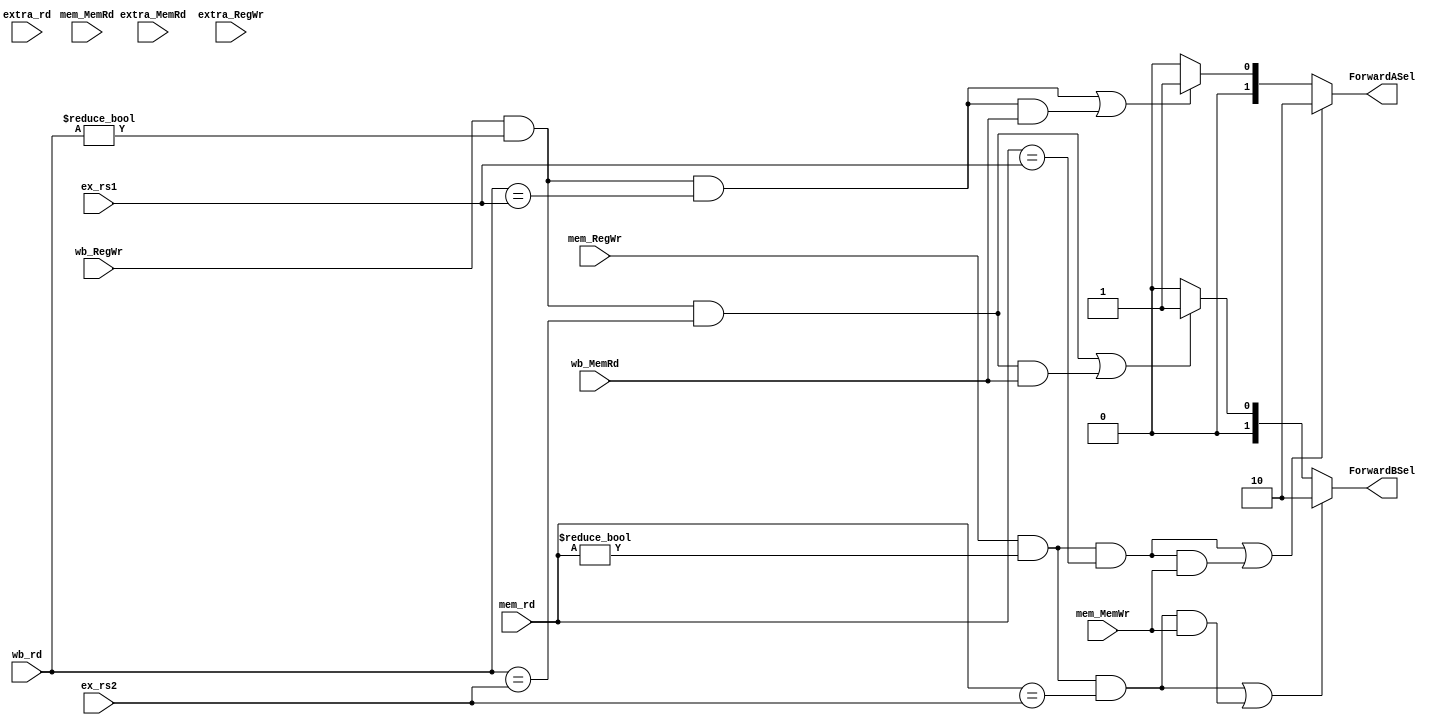
// R-format and I-format basic data hazard resolve by using Forwarding unit
module Forwarding_Unit (
      input  wire [4:0]  ex_rs1     , // from Reg_ID_EX
      input  wire [4:0]  ex_rs2     , // from Reg_ID_EX
      input  wire [4:0]  mem_rd     , // from Reg_EX_MEM
      input  wire [4:0]  wb_rd      , // from Reg_MEM_WB
      input              mem_RegWr  , // from Reg_EX_MEM
      input              wb_RegWr   , // from Reg_MEM_WB
      input              mem_MemRd  , // from Reg_EX_MEM
		input              wb_MemRd   , // from Reg_EX_MEM
		input              extra_MemRd, // from Reg_After_MEM_WB
		input  wire [4:0]  extra_rd   , // from Reg_After_MEM_WB
		input              extra_RegWr, // from Reg_After_MEM_WB
		input              mem_MemWr  , // from Reg_EX_MEM
      output reg  [1:0]  ForwardASel,
      output reg  [1:0]  ForwardBSel 
  );
  
wire w_hazard1a = (mem_RegWr)&&(mem_rd != 5'b00000)&&(mem_rd==ex_rs1);
wire w_hazard2a = (wb_RegWr)&&(wb_rd!= 5'b00000)&&(wb_rd==ex_rs1);
wire w_hazard1b = (mem_RegWr)&&(mem_rd != 5'b00000)&&(mem_rd==ex_rs2);
wire w_hazard2b = (wb_RegWr)&&(wb_rd!= 5'b00000)&&(wb_rd==ex_rs2);
wire w_hazard_ld_extra1 = (extra_RegWr)&&(extra_rd!= 5'b00000)&&(extra_rd==ex_rs1);
wire w_hazard_ld_extra2 = (extra_RegWr)&&(extra_rd!= 5'b00000)&&(extra_rd==ex_rs2);

always @(*)
  begin
   // First ALU
    if (w_hazard1a || (w_hazard1a && mem_MemWr))   // EX hazard
      begin
        ForwardASel = 2'b10; // The first ALU operand is forwarded from the prior ALU result; type 1a p.296
      end
    else if (w_hazard2a || (w_hazard2a && wb_MemRd) /*|| (w_hazard_ld_extra1 && extra_MemRd)*/)       // MEM hazard
      begin
        ForwardASel = 2'b01; // The first ALU operand is forwarded from DataMem or an earlier ALU result; type 2a p.296
      end
    else ForwardASel = 2'b00; // The first ALU operand comes from the Register File: no data hazard occurs
	 
   // Second ALU
	 if (w_hazard1b || (w_hazard1b && mem_MemWr))   // EX hazard
      begin
        ForwardBSel = 2'b10; // The second ALU operand is forwarded from the prior ALU result; type 1b p.296
      end
    else if (w_hazard2b || (w_hazard2b && wb_MemRd) /*|| (w_hazard_ld_extra2 && extra_MemRd)*/)       // MEM hazard
      begin
        ForwardBSel = 2'b01; // The second ALU operand is forwarded from DataMem or an earlier ALU result; type 2b p.296
      end
    else ForwardBSel = 2'b00; // The second ALU operand comes from the Register File: no data hazard occurs
  end
endmodule